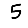
Digit: 5